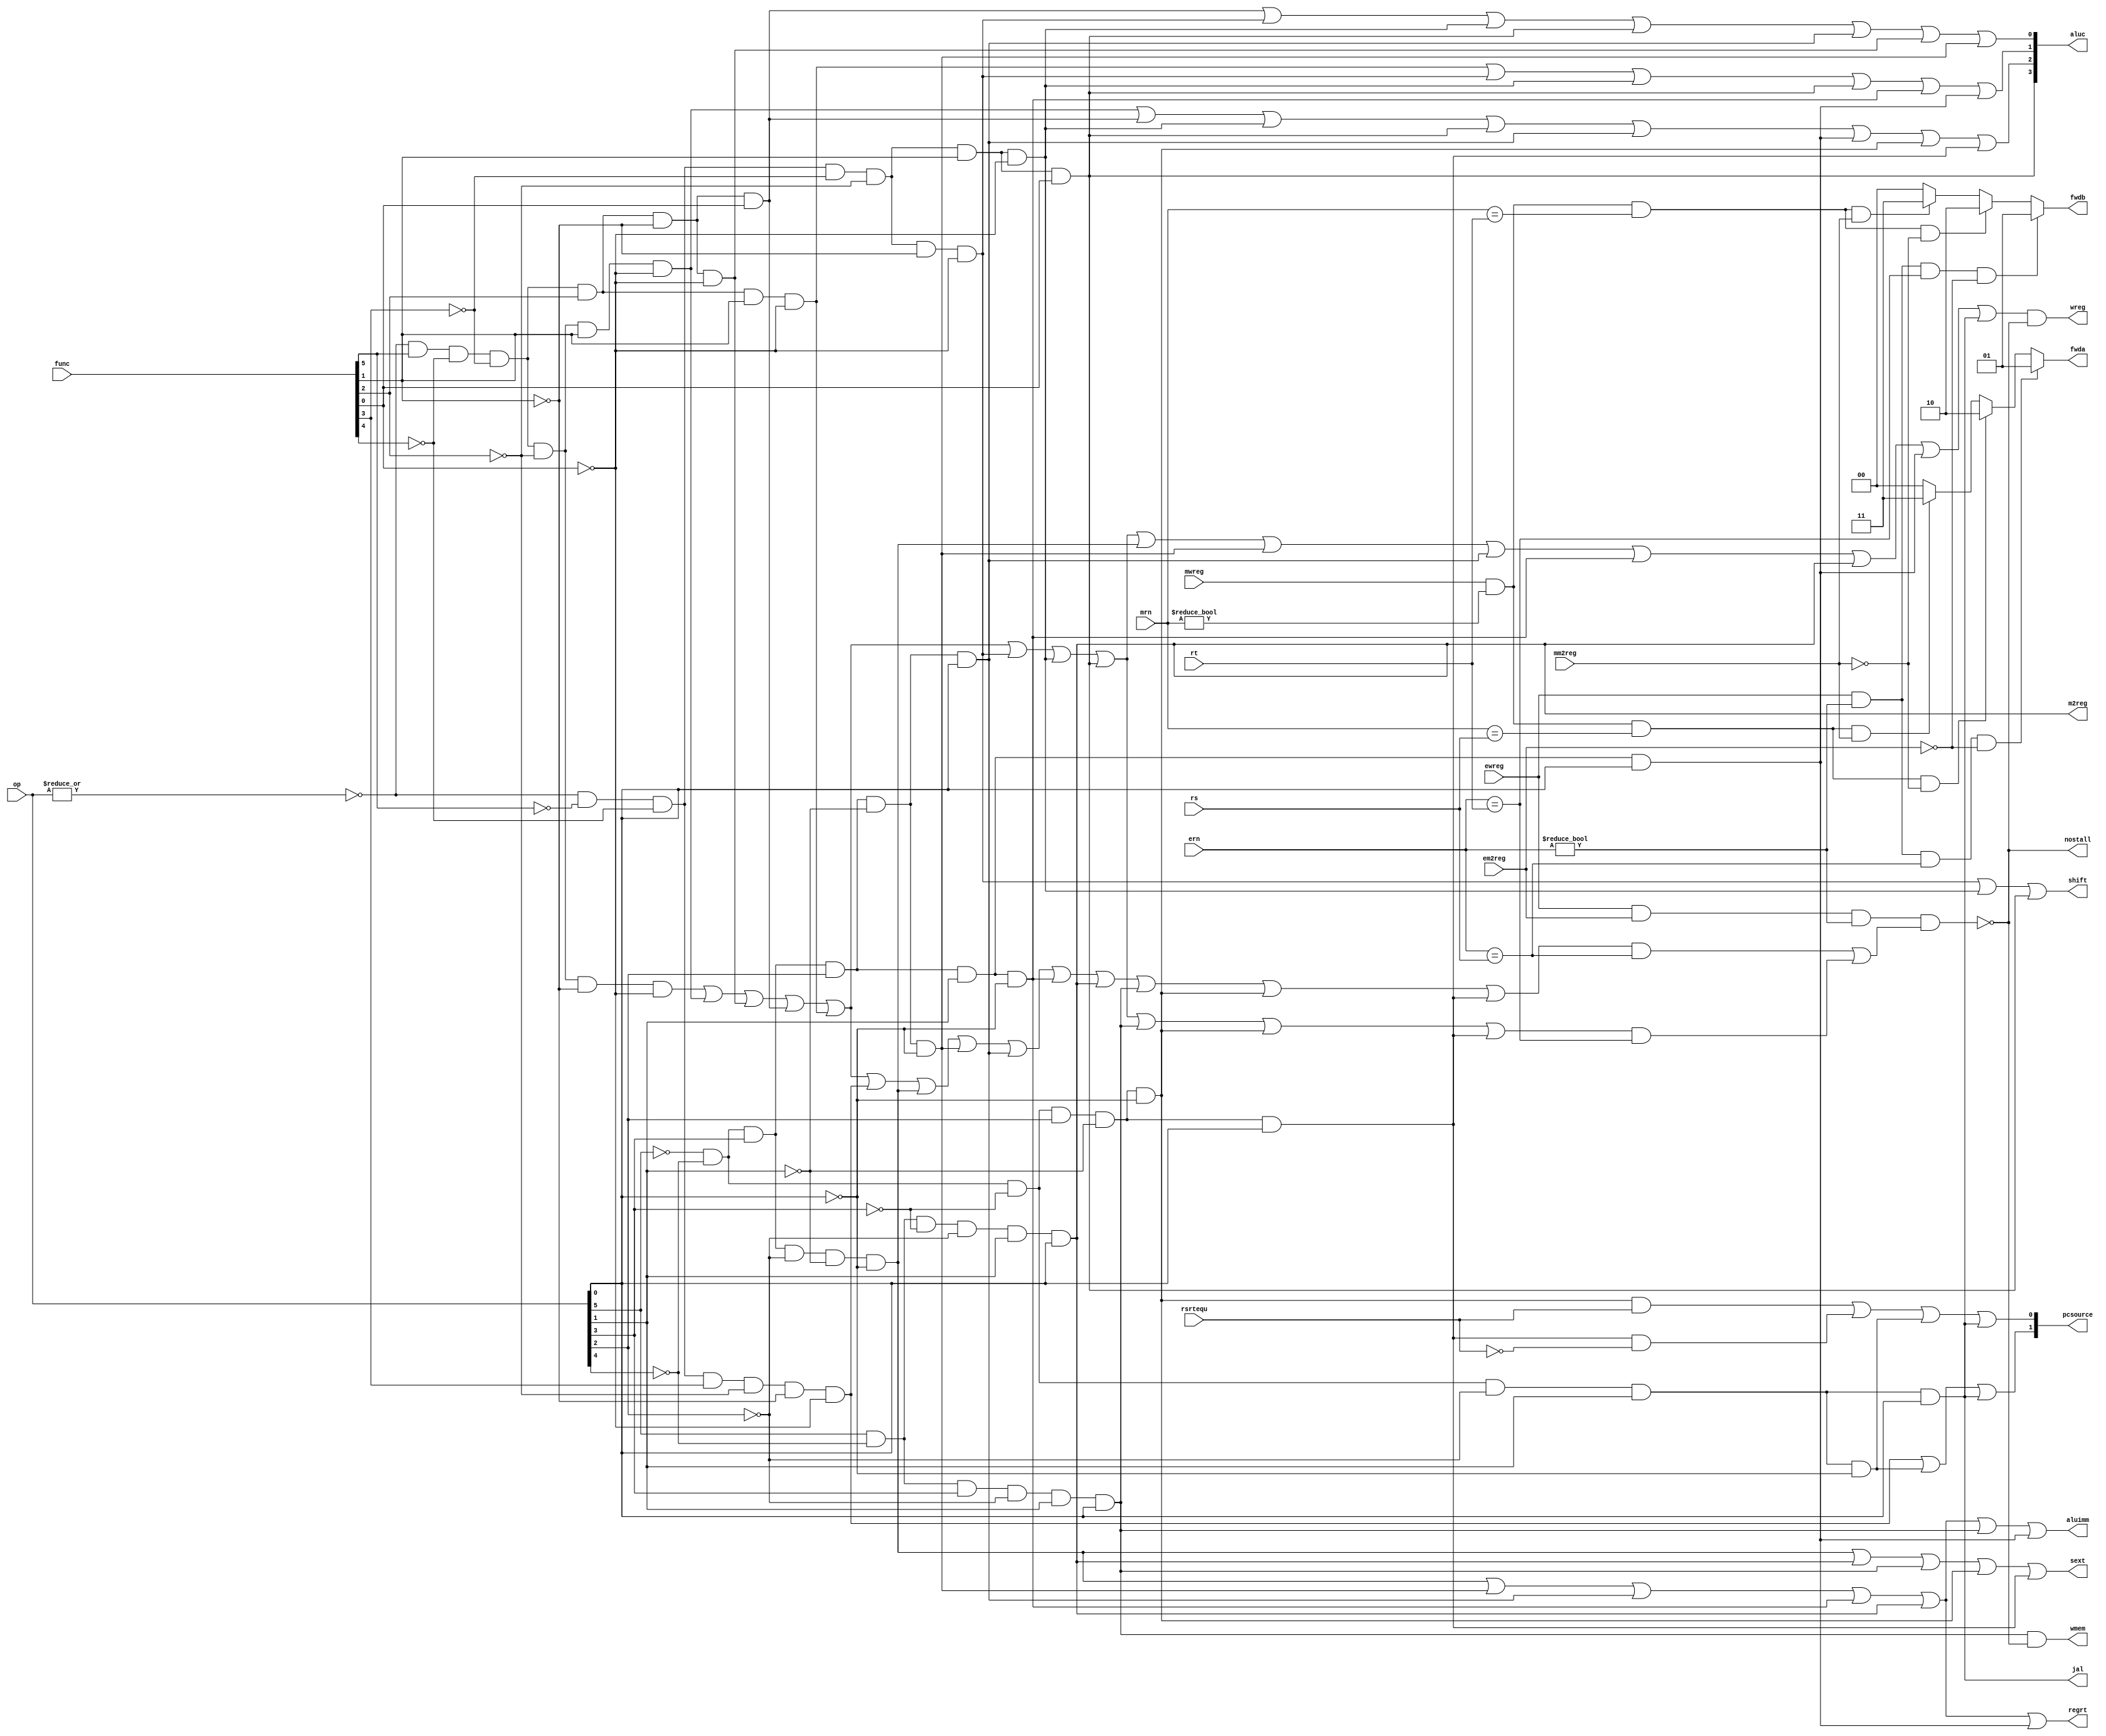
module pipeidcu (mwreg,mrn,ern,ewreg,em2reg,mm2reg,rsrtequ,func,op,rs,rt,
                wreg,m2reg,wmem,aluc,regrt,aluimm,fwda,fwdb,nostall,sext,
                pcsource,shift,jal);
    input mwreg,ewreg,em2reg,mm2reg,rsrtequ;
    input [4:0] mrn,ern,rs,rt;
    input  [5:0] op,func;
    output       wreg,regrt,jal,m2reg,shift,aluimm,sext,wmem;
    output [3:0] aluc;
    output [1:0] pcsource;

    // forwarding
    output [1:0] fwda, fwdb;
    output      nostall;
    reg [1:0]   fwda, fwdb;

    wire r_type = ~|op;
    wire i_add = r_type & func[5] & ~func[4] & ~func[3] &
                    ~func[2] & ~func[1] & ~func[0];          //100000
    wire i_sub = r_type & func[5] & ~func[4] & ~func[3] &
                    ~func[2] &  func[1] & ~func[0];          //100010
        
    //  please complete the deleted code.
    wire i_and = r_type &  func[5] & ~func[4] & ~func[3] &  func[2] & ~func[1] & ~func[0];          //100100
    wire i_or  = r_type &  func[5] & ~func[4] & ~func[3] &  func[2] & ~func[1] &  func[0];          //100101
    
    wire i_xor = r_type &  func[5] & ~func[4] & ~func[3] &  func[2] &  func[1] & ~func[0];          //100110
    wire i_sll = r_type & ~func[5] & ~func[4] & ~func[3] & ~func[2] & ~func[1] & ~func[0];          //000000
    wire i_srl = r_type & ~func[5] & ~func[4] & ~func[3] & ~func[2] &  func[1] & ~func[0];          //000010
    wire i_sra = r_type & ~func[5] & ~func[4] & ~func[3] & ~func[2] &  func[1] &  func[0];          //000011
    wire i_jr  = r_type & ~func[5] & ~func[4] &  func[3] & ~func[2] & ~func[1] & ~func[0];          //001000
                    
    wire i_addi = ~op[5] & ~op[4] &  op[3] & ~op[2] & ~op[1] & ~op[0]; //001000
    wire i_andi = ~op[5] & ~op[4] &  op[3] &  op[2] & ~op[1] & ~op[0]; //001100
    
    wire i_ori  = ~op[5] & ~op[4] &  op[3] &  op[2] & ~op[1] &  op[0]; //001101
    wire i_xori = ~op[5] & ~op[4] &  op[3] &  op[2] &  op[1] & ~op[0]; //001110
    wire i_lw   =  op[5] & ~op[4] & ~op[3] & ~op[2] &  op[1] &  op[0]; //100011
    wire i_sw   =  op[5] & ~op[4] &  op[3] & ~op[2] &  op[1] &  op[0]; //101011
    wire i_beq  = ~op[5] & ~op[4] & ~op[3] &  op[2] & ~op[1] & ~op[0]; //000100
    wire i_bne  = ~op[5] & ~op[4] & ~op[3] &  op[2] & ~op[1] &  op[0]; //000101
    wire i_lui  = ~op[5] & ~op[4] &  op[3] &  op[2] &  op[1] &  op[0]; //001111
    wire i_j    = ~op[5] & ~op[4] & ~op[3] & ~op[2] &  op[1] & ~op[0]; //000010
    wire i_jal  = ~op[5] & ~op[4] & ~op[3] & ~op[2] &  op[1] &  op[0]; //000011
    
    wire i_rs = i_add | i_sub | i_and | i_or | i_xor | i_jr | i_addi |
                i_andi | i_ori | i_xori | i_lw | i_sw | i_beq | i_bne;
    
    wire i_rt = i_add | i_sub | i_and | i_or | i_xor | i_sll | i_srl |
                i_sra | i_sw | i_beq | i_bne;
    
    assign nostall = ~(ewreg & em2reg & (ern != 0) & (i_rs & (ern == rs) |
                                                    i_rt & (ern == rt)));
    
    assign wmem = i_sw & nostall;

    assign pcsource[1] = i_jr | i_j | i_jal;
    assign pcsource[0] = ( i_beq & rsrtequ ) | (i_bne & ~rsrtequ) | i_j | i_jal;
    
    // except j jr sw beq bne
    assign wreg = (i_add | i_sub | i_and | i_or   | i_xor  |
                    i_sll | i_srl | i_sra | i_addi | i_andi |
                    i_ori | i_xori | i_lw | i_lui  | i_jal) & nostall;
        
    // aluc decide one of 9 operations(alu.v)
    assign aluc[3] = i_sra;
    assign aluc[2] = i_sub | i_or | i_srl | i_sra | i_ori | i_lui | i_beq | i_bne;
    assign aluc[1] = i_xor | i_sll | i_srl | i_sra | i_xori | i_lui;
    assign aluc[0] = i_or | i_sll | i_srl | i_sra | i_ori | i_and | i_andi;
    assign shift   = i_sll | i_srl | i_sra ;

    assign aluimm  = i_addi | i_andi | i_ori | i_xori | i_lw | i_sw | i_lui;
    assign sext    = i_addi | i_lw | i_sw | i_beq | i_bne;
    assign m2reg   = i_lw;
    assign regrt   = i_addi | i_andi | i_ori | i_xori | i_lw | i_lui;
    assign jal     = i_jal;

    

    // fowrading
    always @ (ewreg or mwreg or ern or mrn or em2reg or mm2reg or rs or rt) begin
        fwda = 2'b00;
        fwdb = 2'b00;

        if (ewreg & (ern != 0) & (ern == rs) & ~em2reg) begin
            fwda = 2'b01;   // exe_alu
        end else begin
            if (mwreg & (mrn != 0) & (mrn == rs) & ~mm2reg) begin
                fwda = 2'b10; // mem_alu
            end else begin
                if (mwreg & (mrn != 0) & (mrn == rs) & mm2reg) begin
                    fwda = 2'b11;   // mem_lw
                end
            end
        end

        // we put condition in order so there is no conflict.
        if (ewreg & (ern != 0) & (ern == rt) & ~em2reg) begin
            fwdb = 2'b01; // exe_alu
        end else begin
            if (mwreg & (mrn != 0) & (mrn == rt) & ~mm2reg) begin
                fwdb = 2'b10; // mem_alu
            end else begin
                if (mwreg & (mrn != 0) & (mrn == rt) & mm2reg) begin
                    fwdb = 2'b11; // mem_lw
                end
            end
        end
    end

endmodule